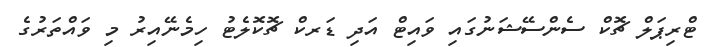
ޓްރިޕަލް ޗޮކް ސެންސޭޝަނުގައި ވައިޓް އަދި ޑަރކް ޗޮކޮލެޓު ހިމެނޭއިރު މި ވައްތަރުގެ